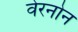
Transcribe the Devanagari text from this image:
वेरनोन